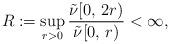
LaTeX: \begin{align*}R:=\sup_{r>0} \frac{\tilde{\nu}[0, \, 2r)}{\tilde{\nu}[0, \, r)} < \infty,\end{align*}